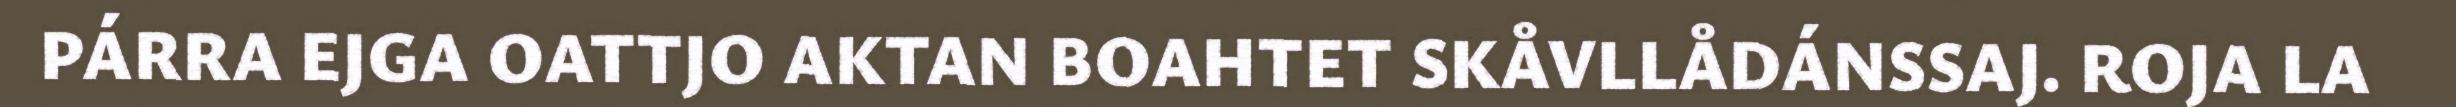
PÁRRA EJGA OATTJO AKTAN BOAHTET SKÅVLLÅDÁNSSAJ. ROJA LA